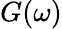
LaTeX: G(\omega)